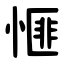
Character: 㥱